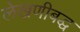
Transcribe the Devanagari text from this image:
लेखणीबद्ध